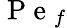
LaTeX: \mathrm{~P~e~}_{f}